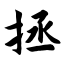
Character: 拯